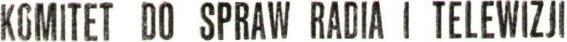
KOMITET DO SPRAW RADIA I TELEWIZJI